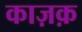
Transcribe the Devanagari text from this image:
काज़क़